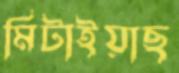
মিটাইয়াছ